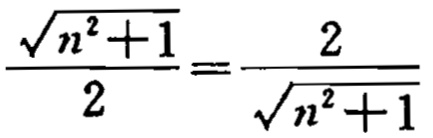
\(\frac{\sqrt{n^{2}+1}}{2}=\frac{2}{\sqrt{n^{2}+1}}\)